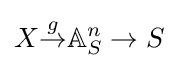
X{\overset {g}{\to }}\mathbb {A} _{S}^{n}\to S